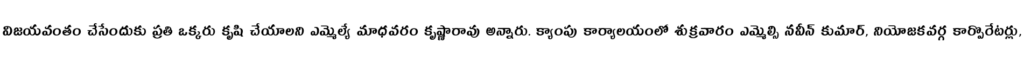
విజయవంతం చేసేందుకు ప్రతి ఒక్కరు కృషి చేయాలని ఎమ్మెల్యే మాధవరం కృష్ణారావు అన్నారు. క్యాంపు కార్యాలయంలో శుక్రవారం ఎమ్మెల్సి నవీన్ కుమార్, నియోజకవర్గ కార్పొరేటర్లు,